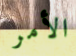
الأمر